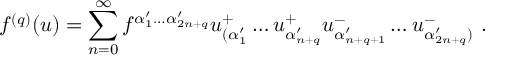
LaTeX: f ^ { ( q ) } ( u ) = \sum _ { n = 0 } ^ { \infty } f ^ { \alpha _ { 1 } ^ { \prime } \ldots \alpha _ { 2 n + q } ^ { \prime } } u _ { ( \alpha _ { 1 } ^ { \prime } } ^ { + } \ldots u _ { \alpha _ { n + q } ^ { \prime } } ^ { + } u _ { \alpha _ { n + q + 1 } ^ { \prime } } ^ { - } \ldots u _ { \alpha _ { 2 n + q } ^ { \prime } ) } ^ { - } \ .